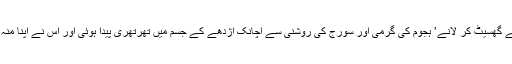
سپیرے کے گھسیٹ کر لانے’ ہجوم کی گرمی اور سورج کی روشنی سے اچانک اژدھے کے جسم میں تھرتھری پیدا ہوئی اور اس نے اپنا منہ کھول دیا ۔